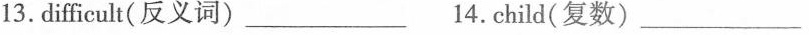
13. difficult(反义词)___14.Child(复数)___